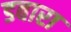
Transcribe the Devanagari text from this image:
डबारा